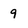
Character: 9